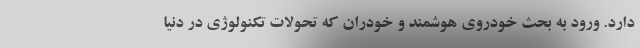
دارد. ورود به بحث خودروی هوشمند و خودران که تحولات تکنولوژی در دنیا